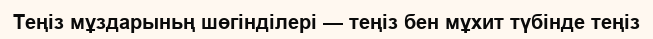
Теңіз мұздарыньң шөгінділері — теңіз бен мұхит түбінде теңіз